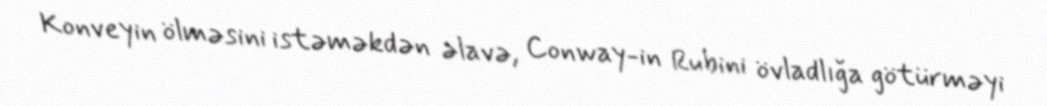
Konveyin ölməsini istəməkdən əlavə, Conway-in Rubini övladlığa götürməyi